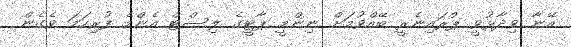
އޭނާ ވިދާޅުވީ ޕްރައިނެރީ ބޭއްވުމަށް ނިންމީ ޕާޓީގެ ލިސްޓް އެންމެ ފުރިހަމަ ވެގެން